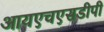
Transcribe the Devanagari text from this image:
आयएचएसडीपी